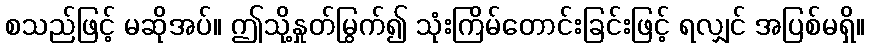
စသည်ဖြင့် မဆိုအပ်။ ဤသို့နှုတ်မြွက်၍ သုံးကြိမ်တောင်းခြင်းဖြင့် ရလျှင် အပြစ်မရှိ။